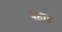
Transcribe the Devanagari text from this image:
दहाड